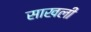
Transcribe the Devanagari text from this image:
साखली